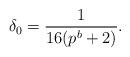
LaTeX: \begin{align*}\delta_0 = \frac{1}{16(p^b + 2)}.\end{align*}